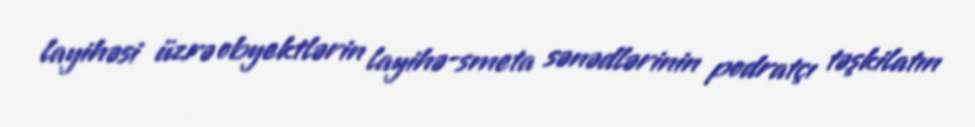
layihəsi üzrə obyektlərin layihə-smeta sənədlərinin podratçı təşkilatın